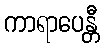
ကာရာပေန္တီ